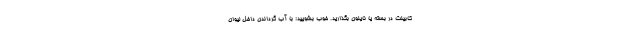
کابینت در بسته یا نایلون بگذارید. خوب بشویید: با آب گرداندن داخل لیوان